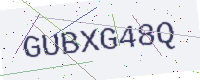
Text: GUBXG48Q